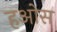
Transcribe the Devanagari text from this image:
हओस